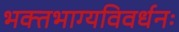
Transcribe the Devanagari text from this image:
भक्‍तभाग्यविवर्धनः